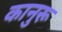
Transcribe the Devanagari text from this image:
कानुरू